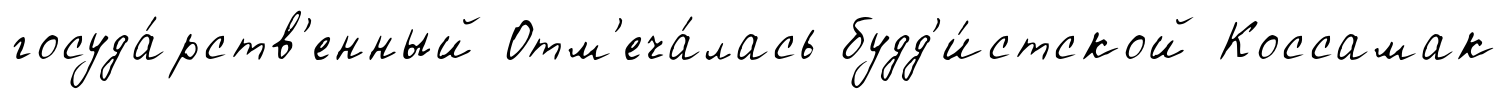
госуда́рств'енный Отм'еча́лась будд'и́стской Коссамак